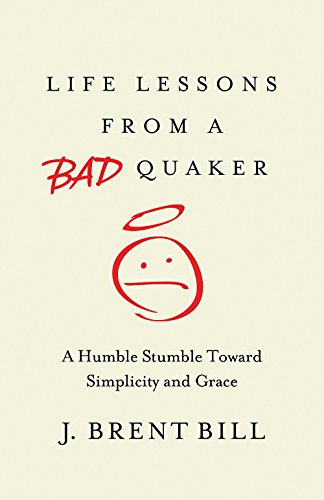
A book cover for Life Lessons from a Bad Quaker: A Humble Stumble Toward Simplicity and Grace; J. Brent Bill; Christian Books & Bibles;